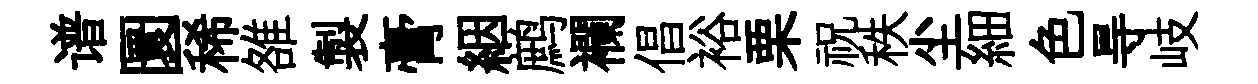
谱圜稀雒製膏絪鹧襴倡裕栗祝秩尘細色㝵岐